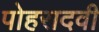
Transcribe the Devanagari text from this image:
पोहरादवी